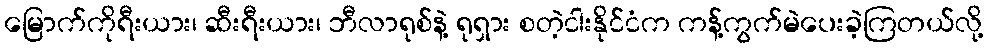
မြောက်ကိုရီးယား၊ ဆီးရီးယား၊ ဘီလာရုစ်နဲ့ ရုရှား စတဲ့ငါးနိုင်ငံက ကန့်ကွက်မဲပေးခဲ့ကြတယ်လို့